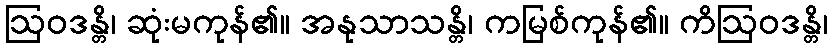
ဩဝဒန္တိ၊ ဆုံးမကုန်၏။ အနုသာသန္တိ၊ ကမြစ်ကုန်၏။ ကိဩဝဒန္တိ၊